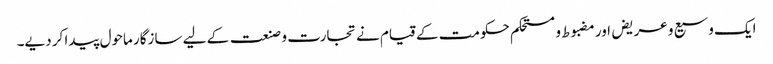
ایک وسیع و عریض اور مضبوط و مستحکم حکومت کے قیام نے تجارت و صنعت کے لیے سازگار ماحول پیدا کر دیے۔